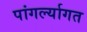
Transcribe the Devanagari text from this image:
पांगर्ल्यागत